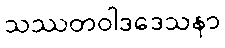
သဿတဝါဒဒေသနာ